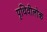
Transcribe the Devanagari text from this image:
पृथिवीलोक